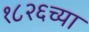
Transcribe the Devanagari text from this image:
१८२६च्या